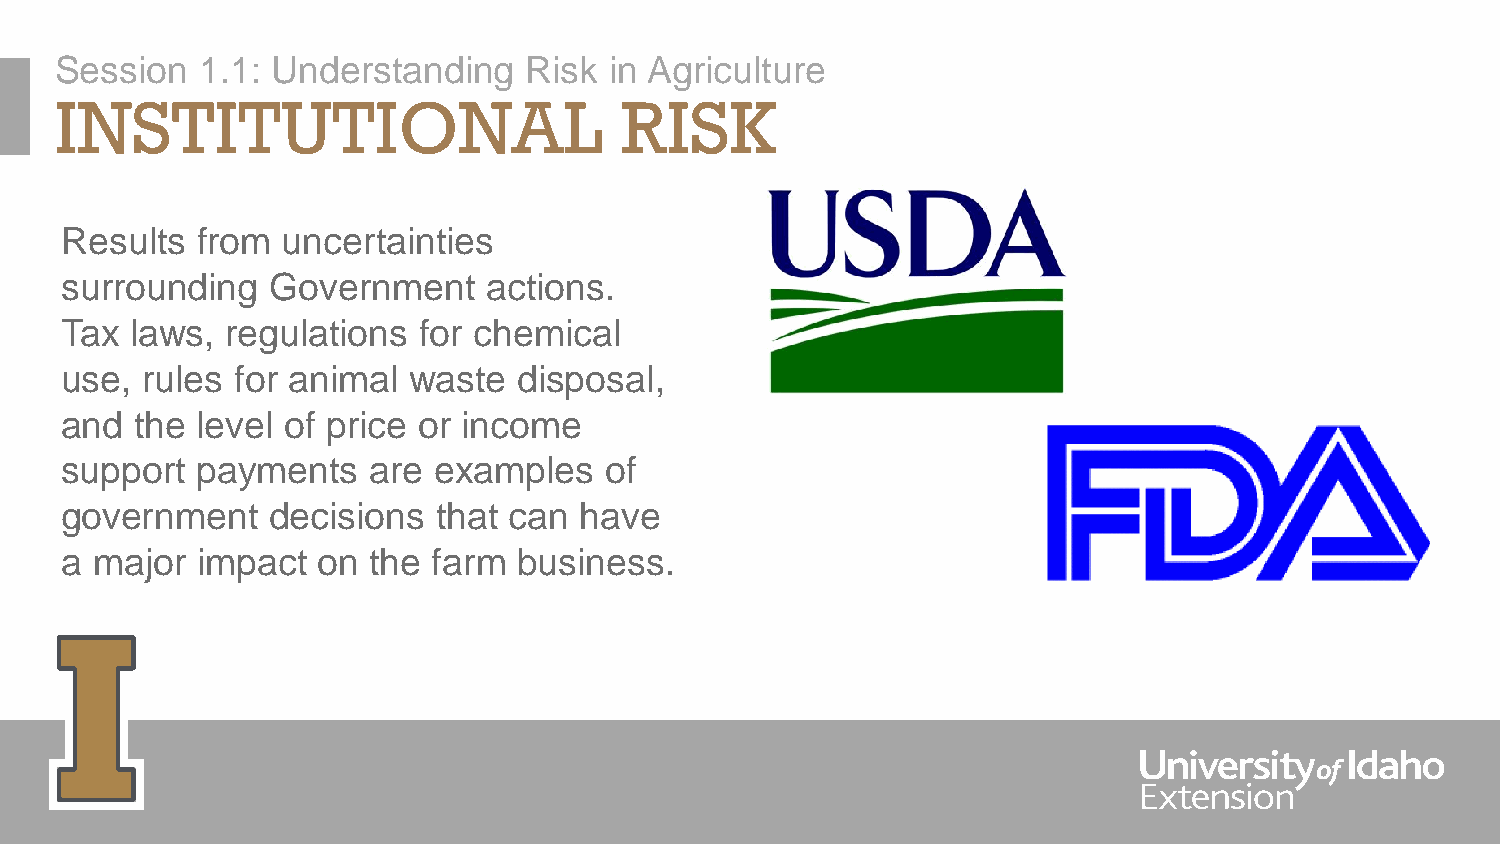
Session  1.1: Understanding    Risk in Agriculture
 INSTITUTIONAL                        RISK
 Results  from  uncertainties
 surrounding   Government    actions.
 Tax  laws, regulations  for chemical
 use, rules  for animal waste  disposal,
 and  the level of price or income
 support  payments   are  examples   of
 government    decisions  that can have
 a major  impact  on the  farm business.